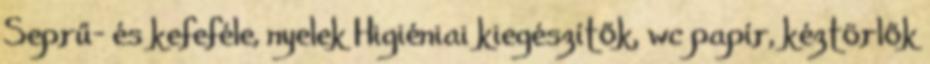
Seprű- és kefeféle, nyelek Higiéniai kiegészítők, wc papír, kéztörlők